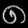
Digit: ၈